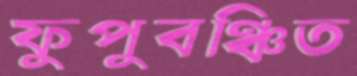
ফুপুবঞ্চিত